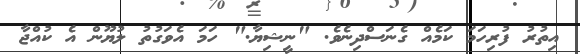
އިތުރު ފުރިހަމަ ކަމެއް ގެނަސްދިނެވެ. "ނީޝިޔާ." ހަމަ އެވަގުތު ލުޔޫން އެ ކުއްޖާ